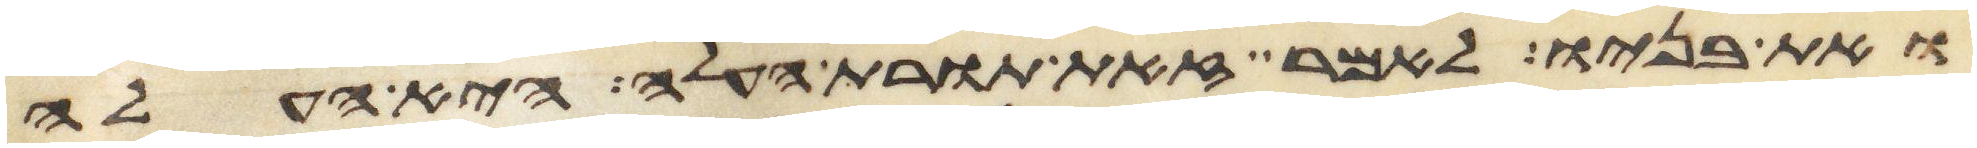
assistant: ואת בניו לאמר זאת תורת העלה היא העלה